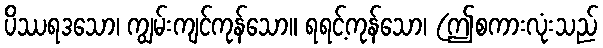
ပိဿရဒသော၊ ကျွမ်းကျင်ကုန်သော။ ရရင့်ကုန်သော၊ (ဤစကားလုံးသည်